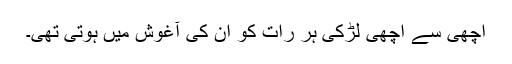
اچھی سے اچھی لڑکی ہر رات کو ان کی آغوش میں ہوتی تھی۔